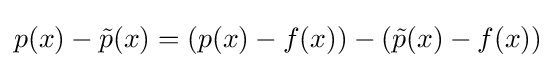
p(x)-{\tilde {p}}(x)=(p(x)-f(x))-({\tilde {p}}(x)-f(x))